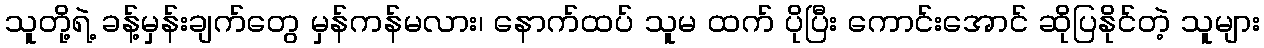
သူတို့ရဲ့ ခန့်မှန်းချက်တွေ မှန်ကန်မလား၊ နောက်ထပ် သူမ ထက် ပိုပြီး ကောင်းအောင် ဆိုပြနိုင်တဲ့ သူများ